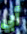
أبي